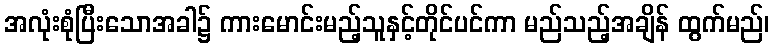
အလုံးစုံပြီးသောအခါ၌ ကားမောင်းမည့်သူနှင့်တိုင်ပင်ကာ မည်သည့်အချိန် ထွက်မည်၊